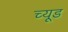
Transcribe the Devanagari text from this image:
च्यूड